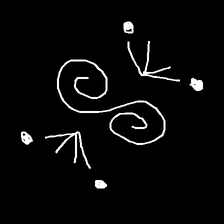
Glyph: aeroform